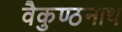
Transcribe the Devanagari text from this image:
वैकुण्ठनाथ